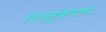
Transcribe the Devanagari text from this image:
तन्तुकरण